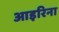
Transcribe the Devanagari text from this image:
आइरिना